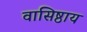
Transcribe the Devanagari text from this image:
वासिष्ठाय